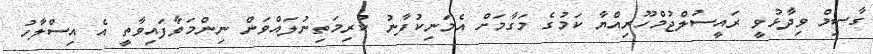
ގާސިމް ވިދާޅުވީ ރައީސުލްޖުމްހޫރިއްޔާ ކަމުގެ މަގާމަށް އެމަނިކުފާނު ކުރިމަތިނުލައްވަން ނިންމަވާފައިވާތީ އެ އިސްލާހު